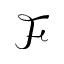
\mathcal F